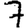
Digit: 7